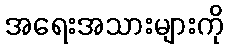
အရေးအသားများကို